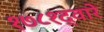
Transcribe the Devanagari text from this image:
१७८१द्वारे